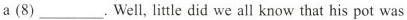
a (8) ___. Well, litle did we all know that his pot was